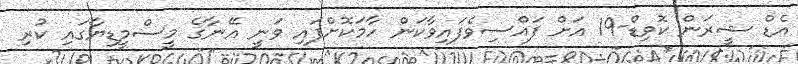
އެޑް ޝީރަން ކޮވިޑް-19 އަށް ފައްސިވެފައިވާކަން ހާމަކޮށްފައި ވަނީ އޭނާގެ މީސްމީޑިޔާގައި ކުރި